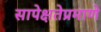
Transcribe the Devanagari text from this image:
सापेक्षतेप्रमाणे